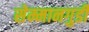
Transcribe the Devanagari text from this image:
सेम्मानगुडी